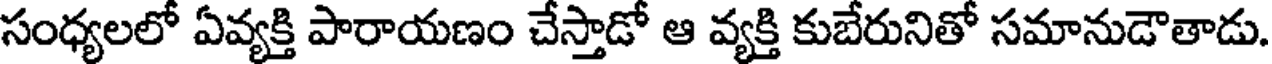
సంధ్యలలో ఏవ్యక్తి పారాయణం చేస్తాడో ఆ వ్యక్తి కుబేరునితో సమానుడౌతాడు.